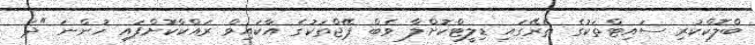
ބްލޮކްކުރި ސައިޓްތަކުގެ ތެރޭގައި ޑިލީޓްކޮށްލާ ވެބް ޕޭޖްތަކުގެ އާކައިވް ރައްކާކޮށްފައި ހުންނަ "ދަ